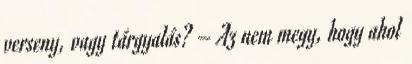
verseny, vagy tárgyalás? – Az nem megy, hogy ahol